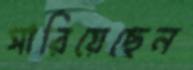
সারিয়েছেন